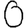
Digit: 0